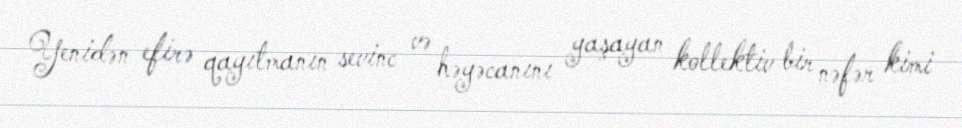
Yenidən efirə qayıtmanın sevinc və həyəcanını yaşayan kollektiv bir nəfər kimi